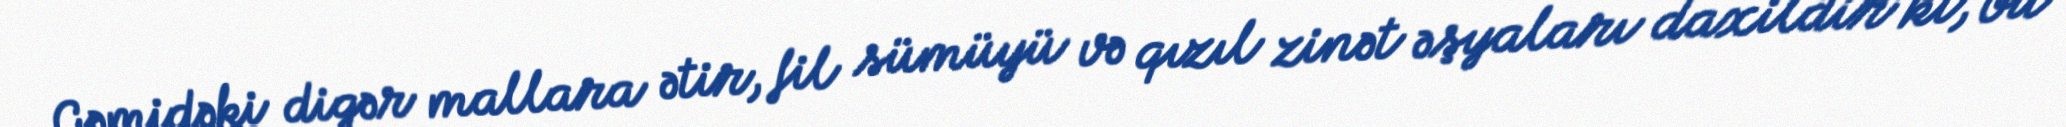
Gəmidəki digər mallara ətir, fil sümüyü və qızıl zinət əşyaları daxildir ki, bu